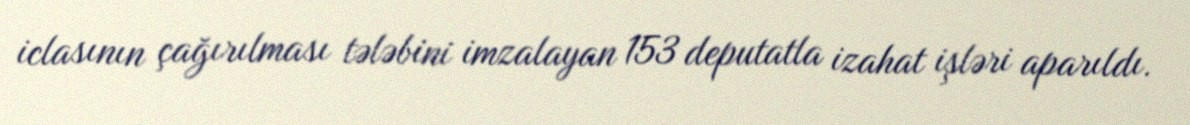
iclasının çağırılması tələbini imzalayan 153 deputatla izahat işləri aparıldı.